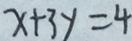
x + 3 y = 4